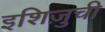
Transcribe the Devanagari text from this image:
इशिज़ुची